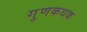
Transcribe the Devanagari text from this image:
गुणकथक